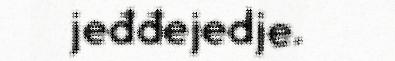
jeđđejedje.